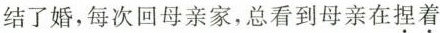
结了婚，每次回母亲家，总看到母亲在\underset{·}{捏}\underset{·}{着}